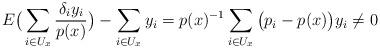
LaTeX: \begin{align*}E\big(\sum_{i\in U_x} \frac{\delta_i y_i}{p(x)} \big) - \sum_{i\in U_x} y_i = p(x)^{-1} \sum_{i\in U_x} \big(p_i - p(x)\big) y_i \neq 0\end{align*}